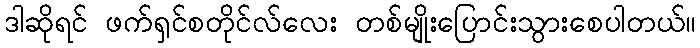
ဒါဆိုရင် ဖက်ရှင်စတိုင်လ်လေး တစ်မျိုးပြောင်းသွားစေပါတယ်။